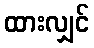
ထားလျှင်